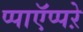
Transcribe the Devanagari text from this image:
प्पाऍप्पऱे